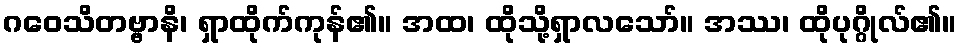
ဂဝေသိတဗ္ဗာနိ၊ ရှာထိုက်ကုန်၏။ အထ၊ ထိုသို့ရှာလသော်။ အဿ၊ ထိုပုဂ္ဂိုလ်၏။